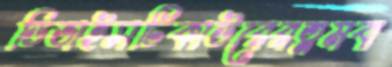
ডিভাইসটিকাউরেরত্নমবা